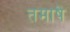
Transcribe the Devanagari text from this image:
तमाषे